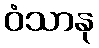
ဝံသာနု